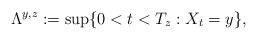
\begin{align*}\Lambda^{y,z}:=\sup\{0<t<T_z: X_t=y\},\end{align*}